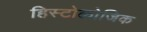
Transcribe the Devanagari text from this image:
हिस्टोलोजिक